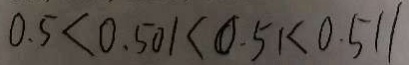
0 . 5 < 0 . 5 0 1 < 0 . 5 1 < 0 . 5 1 1